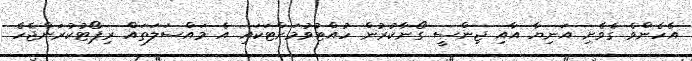
އެހެންވެ ގެވެށި އަނިޔާ އާއި ޖިންސީ ގޯނާކުރުން ހުއްޓުވުމަށްޓަކައި އެ މައްސަލަތައް ރިޕޯޓުކުރަންޖެހެ